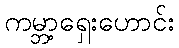
ကမ္ဘာ့ရှေးဟောင်း